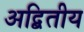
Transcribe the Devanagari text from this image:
अद्बितीय